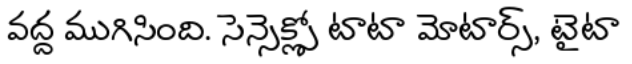
వద్ద ముగిసింది. సెన్సెక్స్లో టాటా మోటార్స్, టైటా